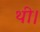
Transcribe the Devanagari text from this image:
थी।